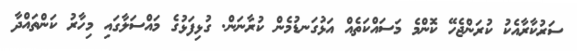
ސަރުކާރާއެކު ކުރަންޖެހޭ ކޮންމެ މަސައްކަތެއް އަޅުގަނޑުމެން ކުރާނަން. ގުޅިފަަޅުގެ މައްސަލާގައި މިހާރު ކަންތައްދާ